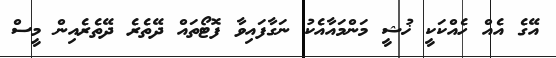
އޭގެ އެއް ހެއްކަކީ ޚުޝީ މަންމައާއެކު ނަގާފައިވާ ފޮޓޯތައް ދޭތެރެ ދޭތެރެއިން މީސް